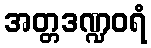
အတ္တဒဏ္ဍဝရံ